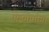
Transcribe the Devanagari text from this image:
एइगोमाँगा